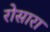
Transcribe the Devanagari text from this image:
रोसारा